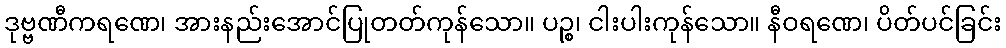
ဒုဗ္ဗဏီကရဏေ၊ အားနည်းအောင်ပြုတတ်ကုန်သော။ ပဉ္စ၊ ငါးပါးကုန်သော။ နီဝရဏေ၊ ပိတ်ပင်ခြင်း